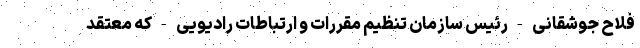
فلاح جوشقانی - رئیس سازمان تنظیم مقررات و ارتباطات رادیویی - که معتقد